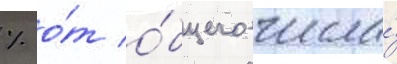
% о́т о́бщего числа́